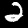
Label: 2